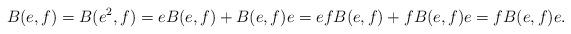
LaTeX: \begin{align*}B(e,f)=B(e^2,f)=eB(e,f)+B(e,f)e=efB(e,f)+fB(e,f)e=fB(e,f)e.\end{align*}